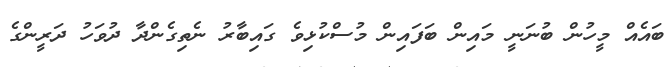
ބައެއް މީހުން ބުނަނީ މައިން ބަފައިން މުސްކުޅިވެ ގައިބާރު ނެތިގެންދާ ދުވަހު ދަރީންގެ